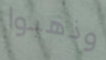
وذهبوا